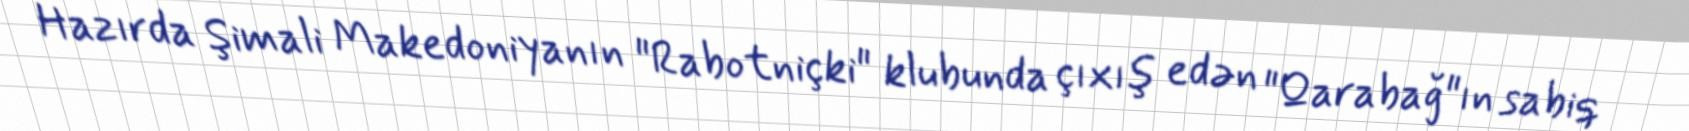
Hazırda Şimali Makedoniyanın "Rabotniçki" klubunda çıxış edən "Qarabağ"ın sabiq